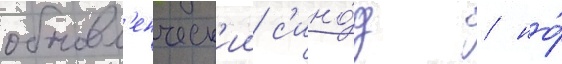
обновл'енческ'ии с'ино́д / но́